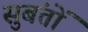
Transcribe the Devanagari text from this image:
सुबंतों